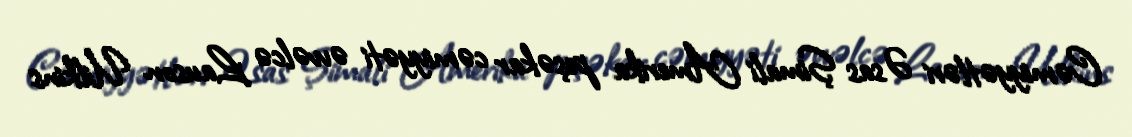
Cəmiyyətləri Əsas Şimali Amerika peşəkar cəmiyyəti əvvəlcə Lauson Uilkins